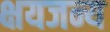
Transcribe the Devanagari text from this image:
क्षयजन्य